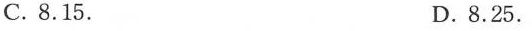
C.8.15. D.8.25.